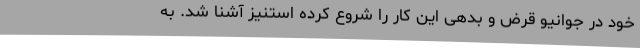
خود در جوانیو قرض و بدهی این کار را شروع کرده استنیز آشنا شد. به